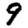
Digit: 9